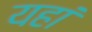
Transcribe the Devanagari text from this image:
यहां